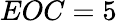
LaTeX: EOC=5